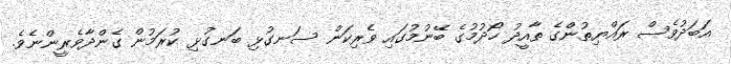
އަބަދުވެސް ރައްޔިތުންގެ ތާއީދު ހޯދުމުގެ ބޭނުމުގައި ވެރިކަން ސަނގުޅި ބަނގުޅި ކުރަމުން ގެންދާވެރީންނެވެ.